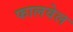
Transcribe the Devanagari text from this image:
फालवेल